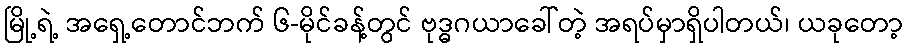
မြို့ရဲ့ အရှေ့တောင်ဘက် ၆-မိုင်ခန့်တွင် ဗုဒ္ဓဂယာခေါ်တဲ့ အရပ်မှာရှိပါတယ်၊ ယခုတော့